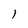
Character: 1